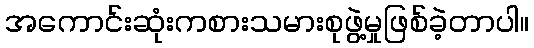
အကောင်းဆုံးကစားသမားစုဖွဲ့မှုဖြစ်ခဲ့တာပါ။